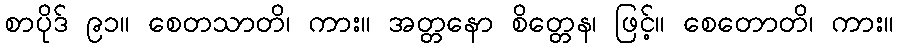
စာပိုဒ် ၉၁။ စေတသာတိ၊ ကား။ အတ္တနော စိတ္တေန၊ ဖြင့်။ စေတောတိ၊ ကား။